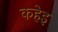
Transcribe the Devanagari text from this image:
कहेइ